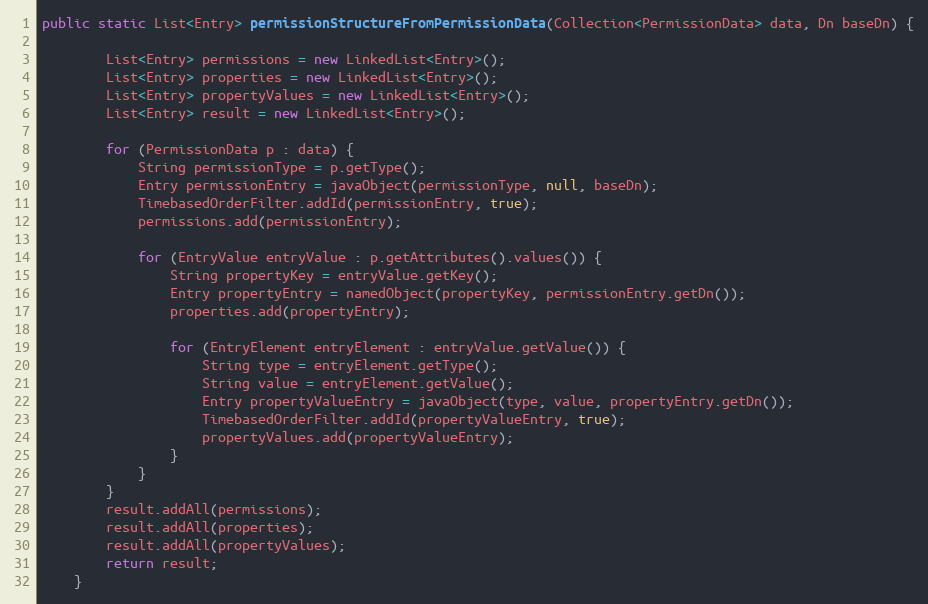
Language: Java
public static List<Entry> permissionStructureFromPermissionData(Collection<PermissionData> data, Dn baseDn) {

        List<Entry> permissions = new LinkedList<Entry>();
        List<Entry> properties = new LinkedList<Entry>();
        List<Entry> propertyValues = new LinkedList<Entry>();
        List<Entry> result = new LinkedList<Entry>();

        for (PermissionData p : data) {
            String permissionType = p.getType();
            Entry permissionEntry = javaObject(permissionType, null, baseDn);
            TimebasedOrderFilter.addId(permissionEntry, true);
            permissions.add(permissionEntry);

            for (EntryValue entryValue : p.getAttributes().values()) {
                String propertyKey = entryValue.getKey();
                Entry propertyEntry = namedObject(propertyKey, permissionEntry.getDn());
                properties.add(propertyEntry);

                for (EntryElement entryElement : entryValue.getValue()) {
                    String type = entryElement.getType();
                    String value = entryElement.getValue();
                    Entry propertyValueEntry = javaObject(type, value, propertyEntry.getDn());
                    TimebasedOrderFilter.addId(propertyValueEntry, true);
                    propertyValues.add(propertyValueEntry);
                }
            }
        }
        result.addAll(permissions);
        result.addAll(properties);
        result.addAll(propertyValues);
        return result;
    }